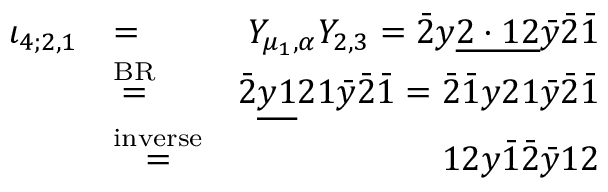
\begin{array} { r l r } { \iota _ { 4 ; 2 , 1 } } & { = } & { Y _ { \mu _ { 1 } , \alpha } Y _ { 2 , 3 } = \bar { 2 } y \underline { { 2 \cdot 1 2 } } \bar { y } \bar { 2 } \bar { 1 } } \\ & { \stackrel { \mathrm { B R } } { = } } & { \bar { 2 } \underline { { y 1 } } 2 1 \bar { y } \bar { 2 } \bar { 1 } = \bar { 2 } \bar { 1 } y 2 1 \bar { y } \bar { 2 } \bar { 1 } } \\ & { \stackrel { \mathrm { i n v e r s e } } { = } } & { 1 2 y \bar { 1 } \bar { 2 } \bar { y } 1 2 } \end{array}